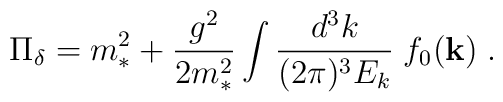
\Pi_{\delta} = m_*^2 + { g^2 \over 2 m_*^2} \int  {d^3 k \over (2\pi )^3 E_k} \; f_0({\bf k}) \;.